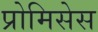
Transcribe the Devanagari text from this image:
प्रोमिसेस